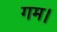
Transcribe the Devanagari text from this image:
गम।